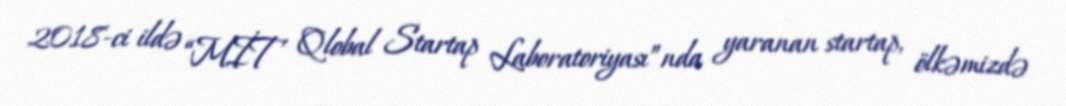
2018-ci ildə “MİT Qlobal Startap Laboratoriyası”nda yaranan startap, ölkəmizdə